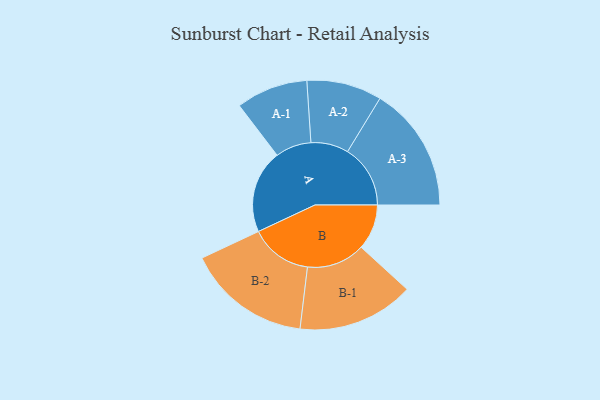
{"axis": {"x": "Segment", "y": "Value"}, "legend": ["", "A", "B"], "data": [{"x": "A", "y": 350, "type": ""}, {"x": "B", "y": 191, "type": ""}, {"x": "A-1", "y": 151, "type": "A"}, {"x": "A-2", "y": 158, "type": "A"}, {"x": "A-3", "y": 264, "type": "A"}, {"x": "B-1", "y": 245, "type": "B"}, {"x": "B-2", "y": 261, "type": "B"}]}